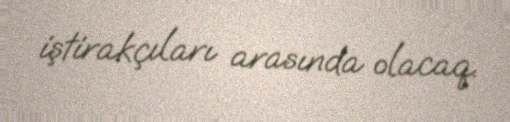
iştirakçıları arasında olacaq.